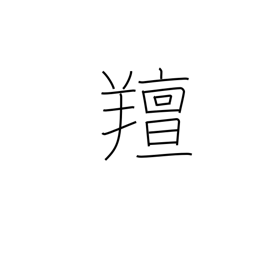
Meaning: smelling like a sheep